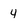
Character: 4